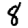
Digit: 8